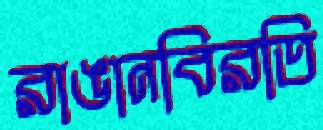
রাঙানবিরতি